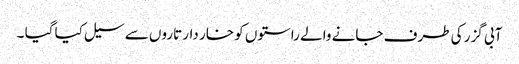
آبی گزر کی طرف جانے والے راستوں کو خار دار تاروں سے سیل کیا گیا ۔